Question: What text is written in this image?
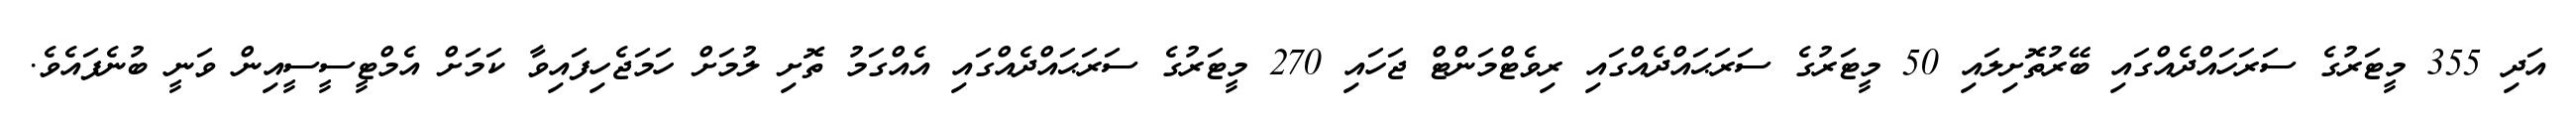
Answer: އަދި 355 މީޓަރުގެ ސަރަހައްދެއްގައި ބޭރުތޮށިލައި 50 މީޓަރުގެ ސަރަޙައްދެއްގައި ރިވެޓްމަންޓް ޖަހައި 270 މީޓަރުގެ ސަރަޙައްދެއްގައި އެއްގަމު ތޮށި ލުމަށް ހަމަޖެހިފައިވާ ކަމަށް އެމްޓީސީސީއިން ވަނީ ބުނެފައެވެ.